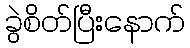
ခွဲစိတ်ပြီးနောက်